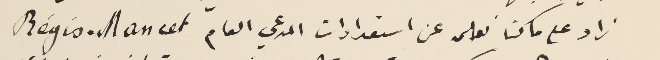
زاد على ماكنا نعلمه عن استعدادات المدعي العام Régis . Mancet